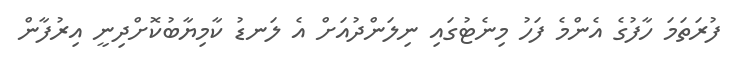
ފުރަތަމަ ހާފުގެ އެންމެ ފަހު މިނެޓުގައި ނިލަންދުއަށް އެ ލަނޑު ކާމިޔާބުކޮށްދިނީ އިރުފާން